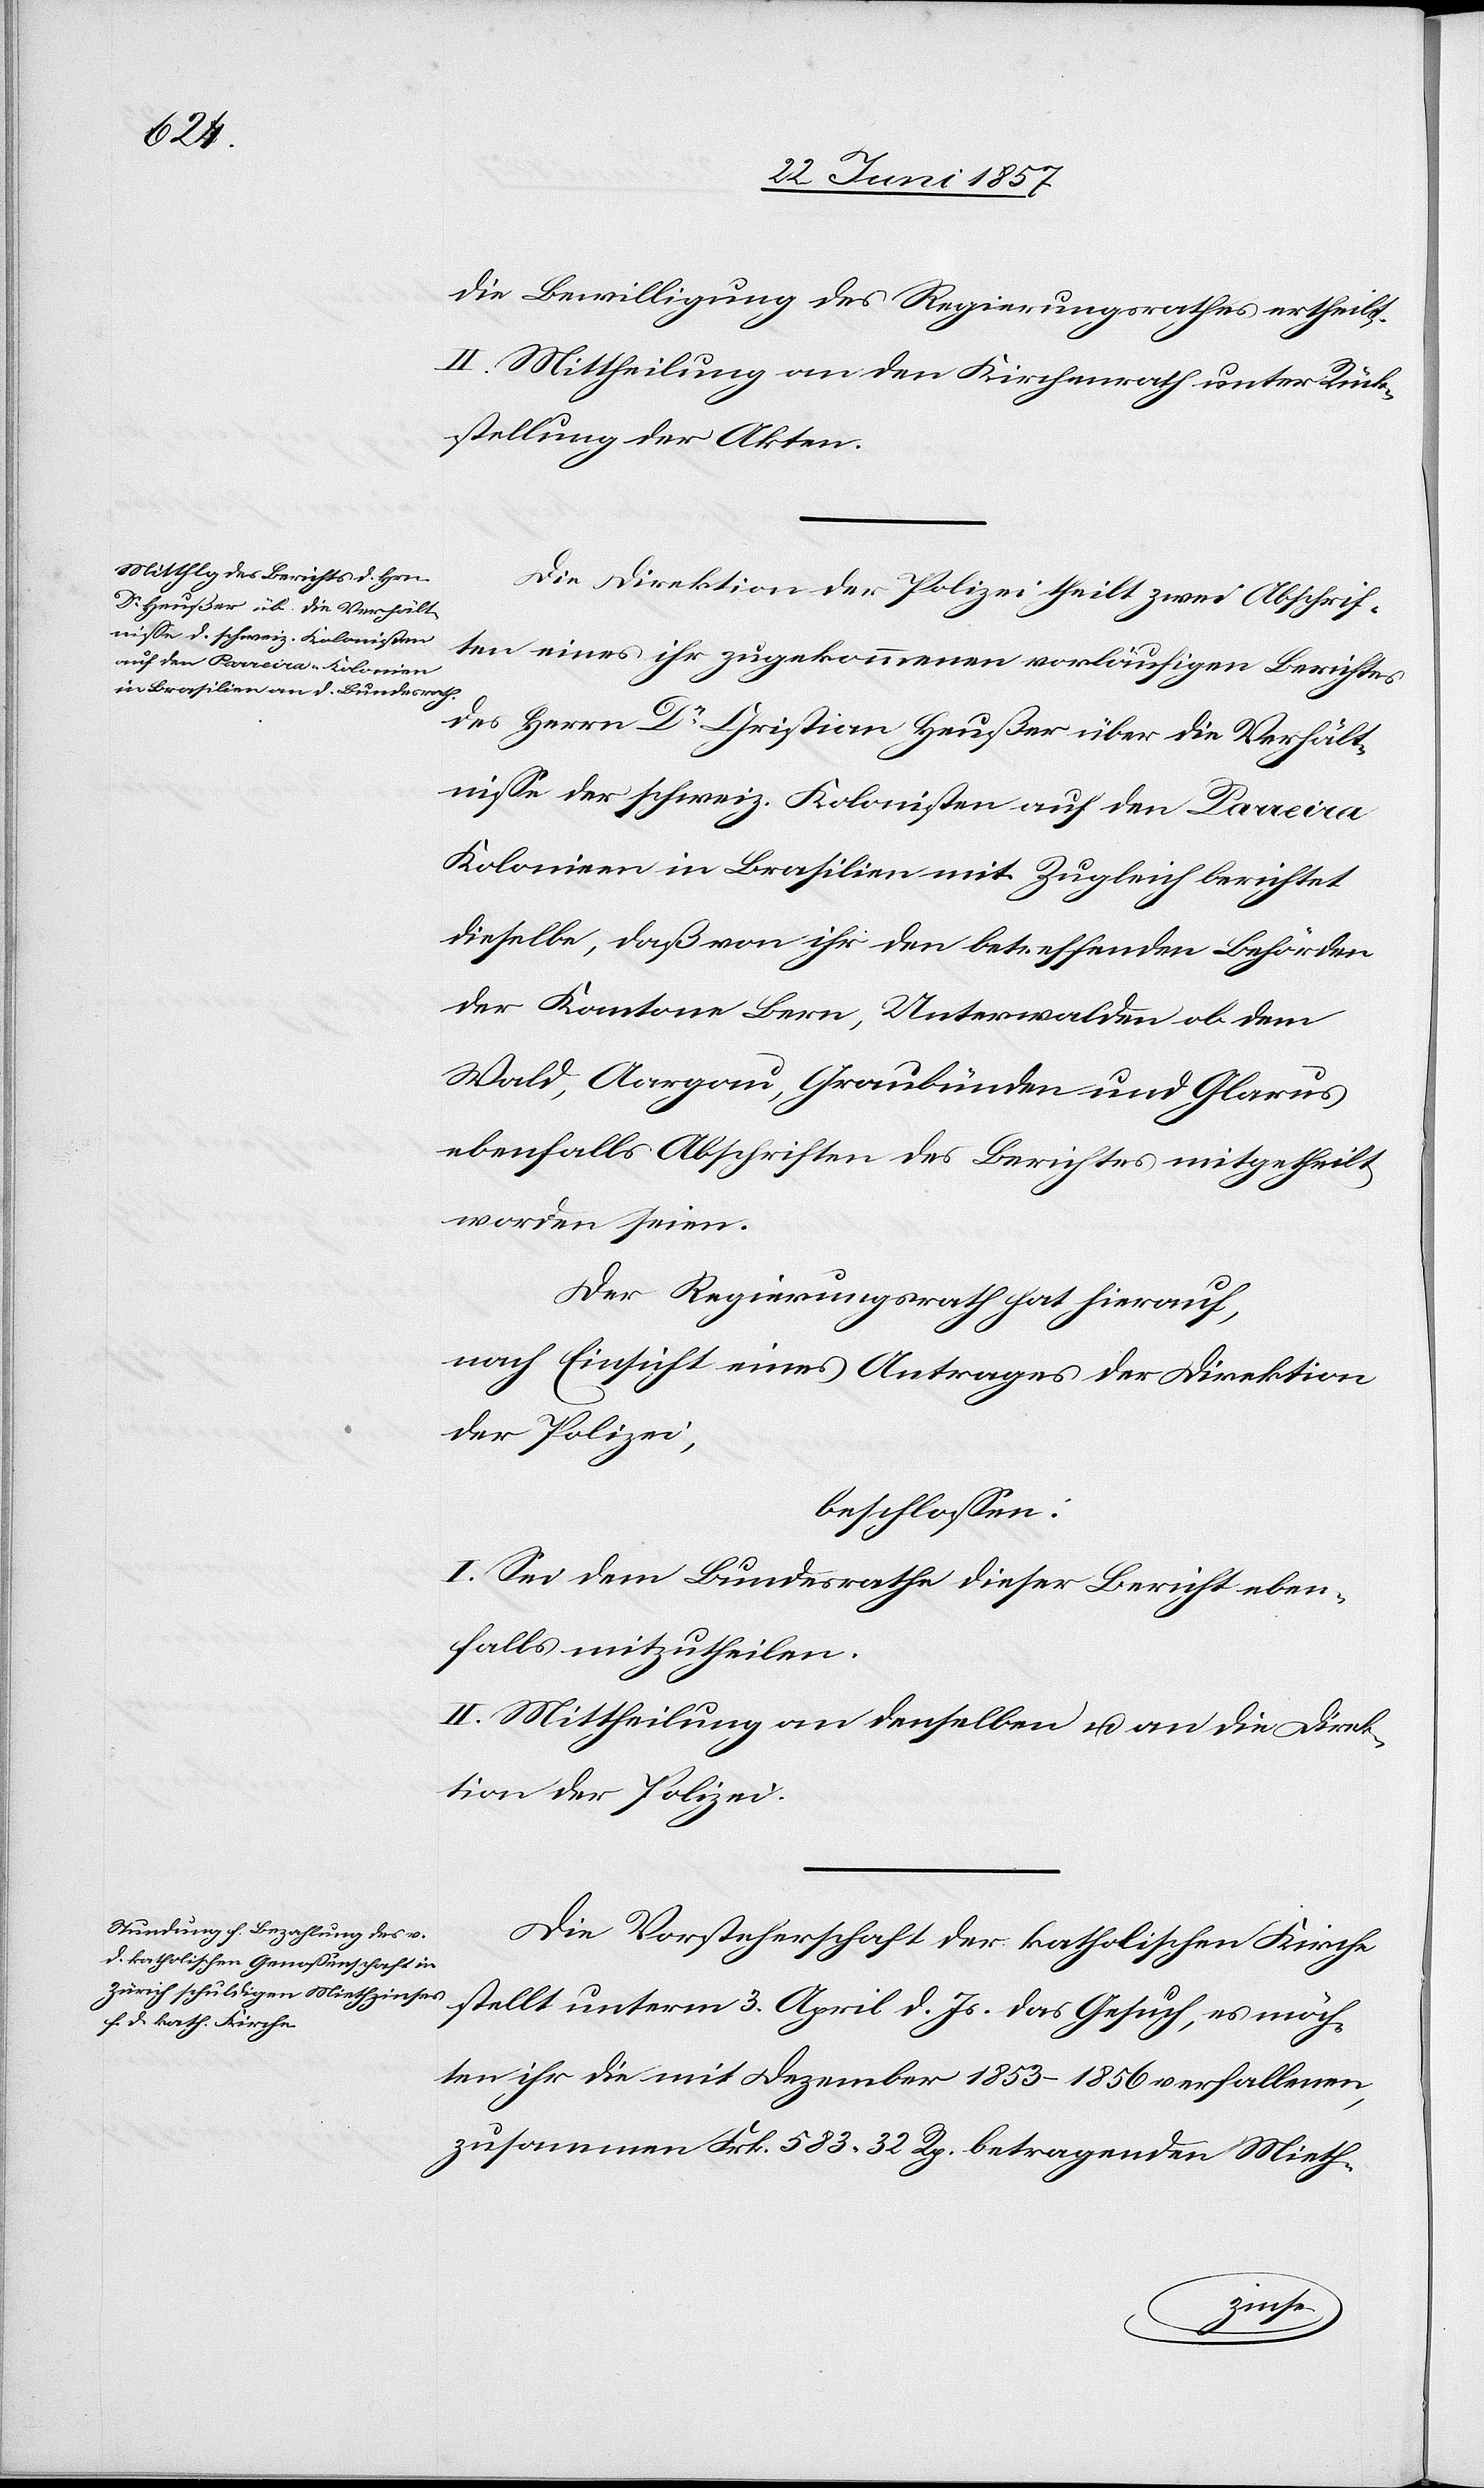
die Bewilligung des Regierungsrathes ertheilt.
II. Mittheilung an den Kirchenrath unter Rück¬
stellung der Akten.
Die Direktion der Polizei theilt zwei Abschrif¬
ten eines ihr zugekommenen vorläufigen Berichtes
des Herrn Dr Christian Heußer über die Verhält¬
nisse der schweiz. Kolonisten auf den Parreira
Kolonien in Brasilien mit. Zugleich berichtet
dieselbe, daß von ihr den betreffenden Behörden
der Kantone Bern, Unterwalden ob dem
Wald, Aargau, Graubünden und Glarus
ebenfalls Abschriften des Berichtes mitgetheilt
worden seien.
Der Regierungsrath hat hierauf,
nach Einsicht eines Antrages der Direktion
der Polizei,
beschlossen:
I. Sei dem Bundesrathe dieser Bericht eben¬
falls mitzutheilen.
II. Mittheilung an denselben & an die Direk¬
tion der Polizei.
Die Vorsteherschaft der katholischen Kirche
stellt unterm 3 April d. Js. das Gesuch, es möch¬
ten ihr die mit Dezember 1853–1856 verfallenen,
zusammen Frk. 583. 22 Rp. betragenden Mieth-